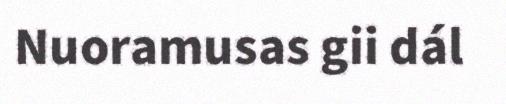
Nuoramusas gii dál